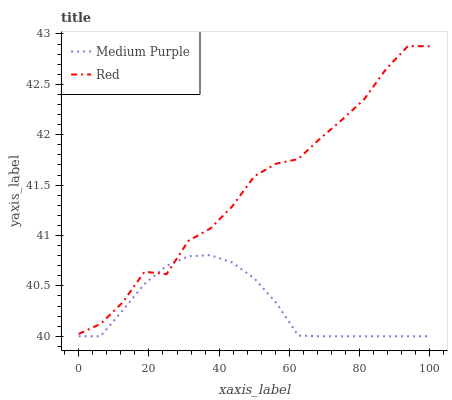
| xaxis_label | Medium Purple | Red |
 | --- | --- | --- |
 | 0 | 40 | 40 |
 | 6.25 | 40 | 40.1 |
 | 12.5 | 40.3 | 40.3 |
 | 18.8 | 40.5 | 40.6 |
 | 25 | 40.7 | 40.6 |
 | 31.2 | 40.8 | 40.9 |
 | 37.5 | 40.8 | 41.1 |
 | 43.8 | 40.7 | 41.3 |
 | 50 | 40.6 | 41.6 |
 | 56.2 | 40.3 | 41.7 |
 | 62.5 | 40 | 41.8 |
 | 68.8 | 40 | 42 |
 | 75 | 40 | 42.1 |
 | 81.2 | 40 | 42.4 |
 | 87.5 | 40 | 42.7 |
 | 93.8 | 40 | 42.9 |
 | 100 | 40 | 42.9 |